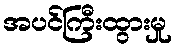
အပင်ကြီးထွားမှု